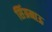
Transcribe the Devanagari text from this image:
सिंग्रमाऊ